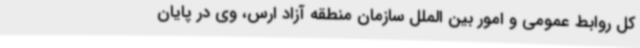
کل روابط عمومی و امور بین الملل سازمان منطقه آزاد ارس، وی در پایان